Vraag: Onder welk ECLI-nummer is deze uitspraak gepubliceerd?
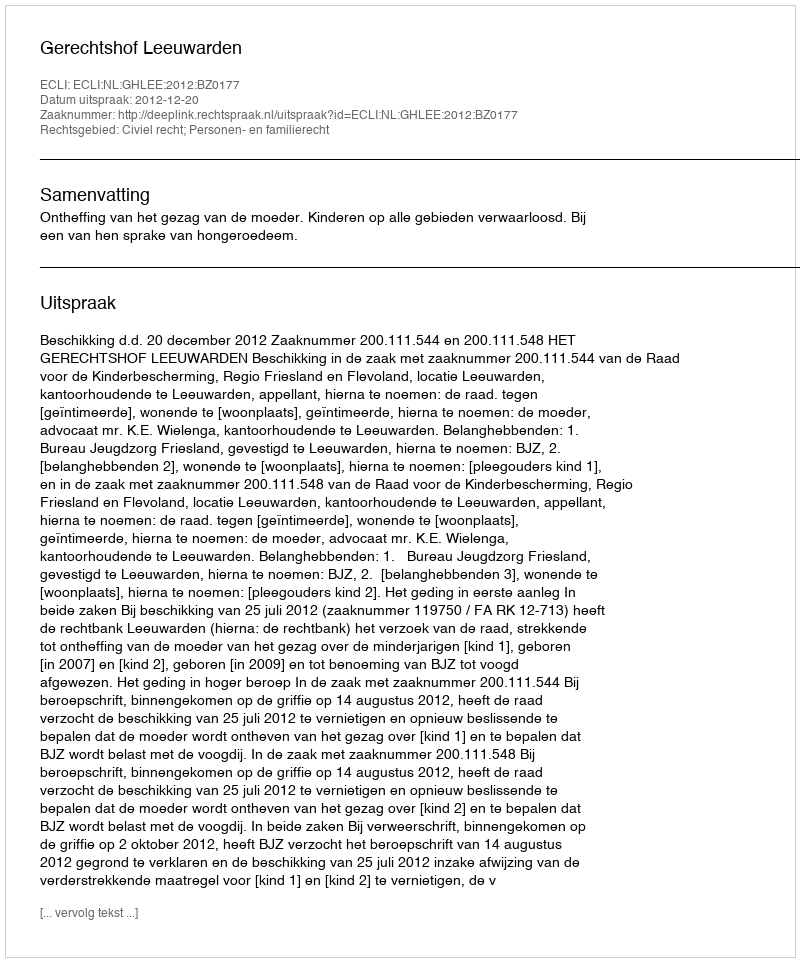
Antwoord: ECLI:NL:GHLEE:2012:BZ0177